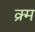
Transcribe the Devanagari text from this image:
क्र्म